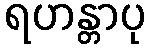
ရဟန္တာပု